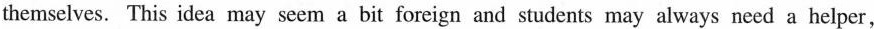
themselves. This idea may seem a bit foreign and students may always need a helper,